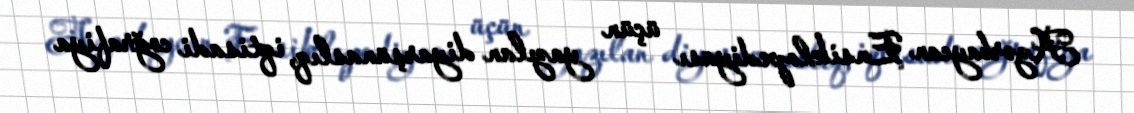
Azərbaycan Ensiklopediyası üçün yazılan diyarşünaslıq, iqtisadi coğrafiya